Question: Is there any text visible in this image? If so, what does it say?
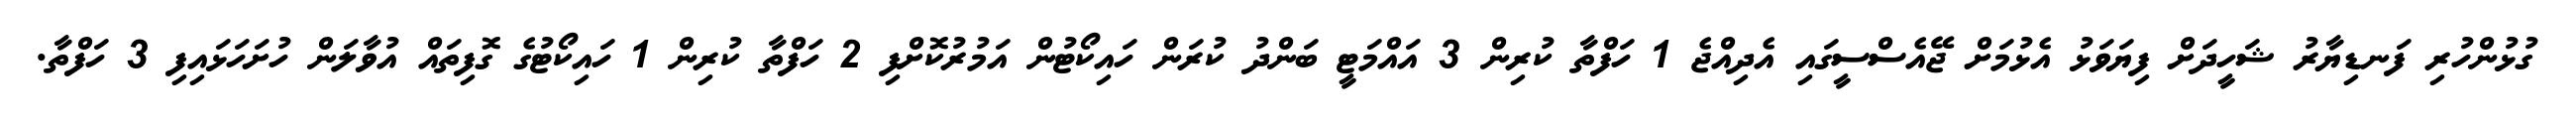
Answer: ގުޅުންހުރި ފަނޑިޔާރު ޝަހީދަށް ފިޔަވަޅު އެޅުމަށް ޖޭއެސްސީގައި އެދިއްޖެ 1 ހަފްތާ ކުރިން 3 އައްމަޓީ ބަންދު ކުރަން ހައިކޯޓުން އަމުރުކޮށްފި 2 ހަފްތާ ކުރިން 1 ހައިކޯޓުގެ ގޮފިތައް އުވާލަން ހުށަހަޅައިފި 3 ހަފްތާ.